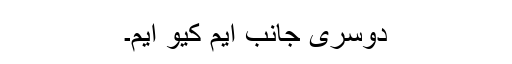
دُوسری جانب ایم کیو ایم۔